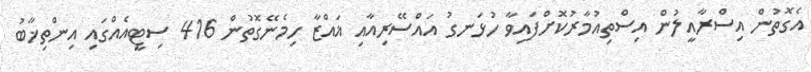
އެގޮތުން އިސްރާއީލުން އިސްތިއުމާރުކޮށްފައިވާ ހުޅަނގު އައްސޭރިއާއި ޣައްޒާ ހިމެނޭގޮތުން 416 ސިޓީއެއްގައި އިންތިޚާބު